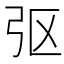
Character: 𫸩